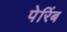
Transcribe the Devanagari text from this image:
पेरिंब